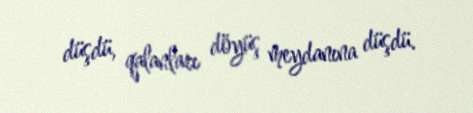
düşdü, qalanları döyüş meydanına düşdü.